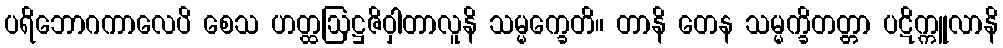
ပရိဘောဂကာလေပိ စေသ ဟတ္ထဩဋ္ဌဇိဝှါတာလူနိ သမ္မက္ခေတိ။ တာနိ တေန သမ္မက္ခိတတ္တာ ပဋိက္ကူလာနိ